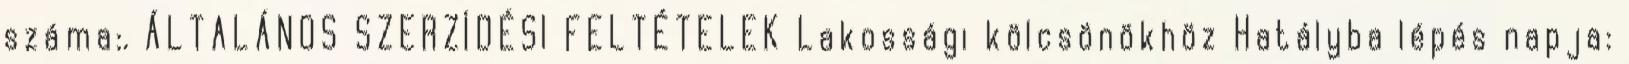
száma:. ÁLTALÁNOS SZERZİDÉSI FELTÉTELEK Lakossági kölcsönökhöz Hatályba lépés napja: